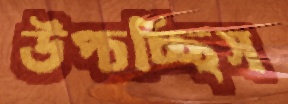
উপ্‌চচ্ছিস